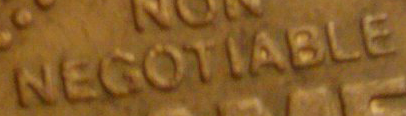
NEGOTIABLE